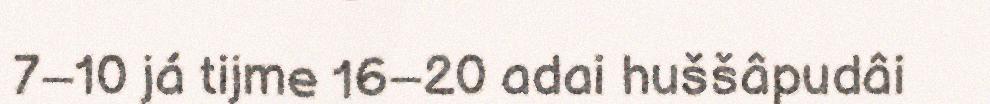
7–10 já tijme 16–20 adai huššâpudâi